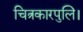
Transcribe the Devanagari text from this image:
चित्रकारपुलि।